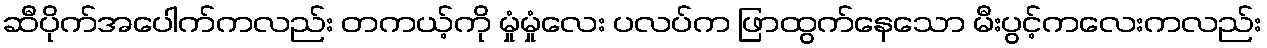
ဆီပိုက်အပေါက်ကလည်း တကယ့်ကို မှုံမှုံလေး ပလပ်က ဖြာထွက်နေသော မီးပွင့်ကလေးကလည်း